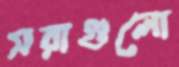
সরাগুলো